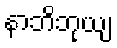
နာဘိဘုယျ